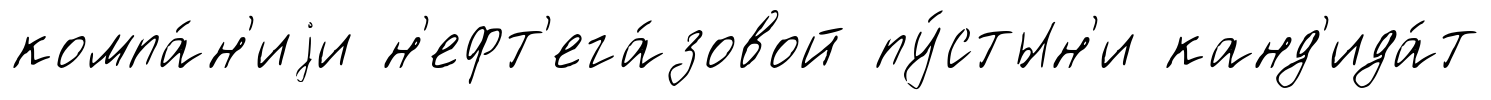
компа́н'иjи н'ефт'ега́зовой пу́стын'и канд'ида́т